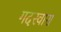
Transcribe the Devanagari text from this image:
गदरवारा